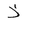
Letter: _thal